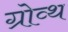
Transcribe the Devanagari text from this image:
ग्रोव्थ